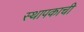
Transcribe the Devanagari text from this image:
स्थापकाची